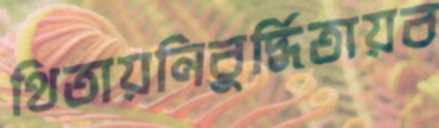
থিতায়নিবুর্দ্ধিতায়ব